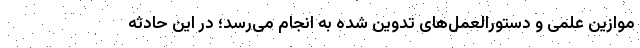
موازین علمی و دستورالعمل‌های تدوین شده به انجام می‌رسد؛ در این حادثه